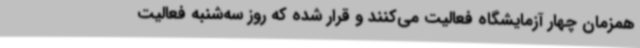
همزمان چهار آزمایشگاه فعالیت می‌کنند و قرار شده که روز سه‌شنبه فعالیت